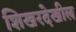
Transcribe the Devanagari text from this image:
शिखरदेखील